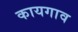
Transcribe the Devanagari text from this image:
कायगाव